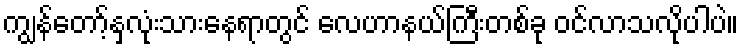
ကျွန်တော့်နှလုံးသားနေရာတွင် လေဟာနယ်ကြီးတစ်ခု ဝင်လာသလိုပါပဲ။